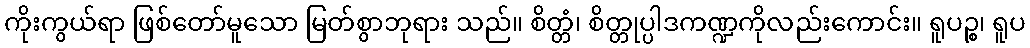
ကိုးကွယ်ရာ ဖြစ်တော်မူသော မြတ်စွာဘုရား သည်။ စိတ္တံ၊ စိတ္တုပ္ပါဒကဏ္ဍကိုလည်းကောင်း။ ရူပဉ္စ၊ ရူပ